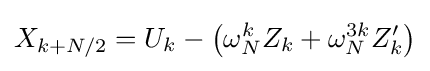
X_{k+N/2}=U_{k}-\left(\omega _{N}^{k}Z_{k}+\omega _{N}^{3k}Z'_{k}\right)